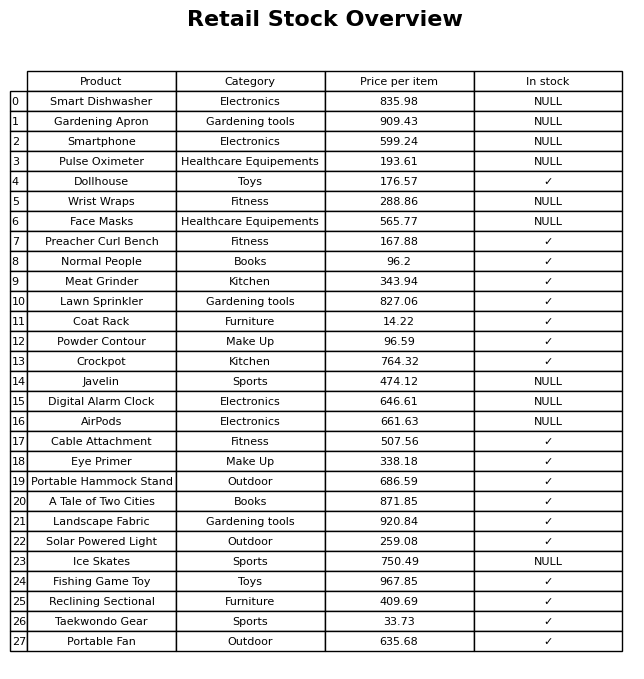
question: Is the Digital Alarm Clock in stock?
answer: NULL